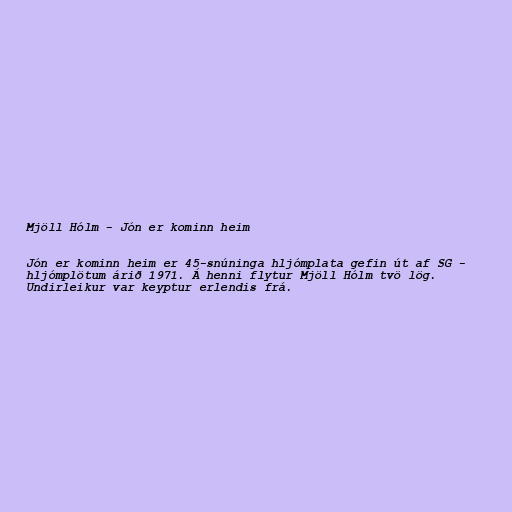
Mjöll Hólm - Jón er kominn heim

Jón er kominn heim er 45-snúninga hljómplata gefin út af SG -
hljómplötum árið 1971. Á henni flytur Mjöll Hólm tvö lög.
Undirleikur var keyptur erlendis frá.